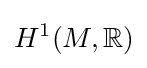
H^{1}(M,\mathbb {R} )